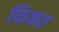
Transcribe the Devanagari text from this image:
फिकठ